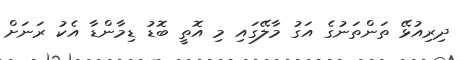
ދިރިއުޅޭ ތަންތަނުގެ އަގު މާލޭގައި މި އޮތީ ބޮޑު ޑިމާންޑާ އެކު ރަނަށް